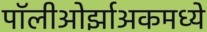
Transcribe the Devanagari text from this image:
पॉलीओर्झाअकमध्ये